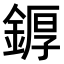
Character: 𨩿